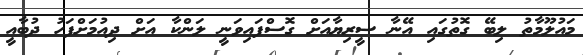
މައުލޫމާތު ލިބޭ ގޮތުގައި އޭނާ ސީރިޔާއަށް ގޮސްފައިވަނީ ލަންކާ އަށް ދިއުމަށްފަހު ދުބާއީ